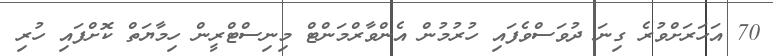
70 އަހަރަށްވުރެ ގިނަ ދުވަސްވެފައި ހުރުމުން އެންވާރްމަންޓް މިނިސްޓްރީން ހިމާޔަތް ކޮށްފައި ހުރި